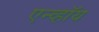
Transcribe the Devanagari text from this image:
एन्व्हॉय